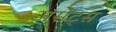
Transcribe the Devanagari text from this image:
असेट्स